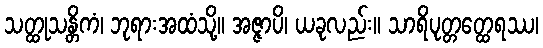
သတ္ထုသန္တိကံ၊ ဘုရားအထံသို့။ အဇ္ဇာပိ၊ ယခုလည်း။ သာရိပုတ္တတ္ထေရဿ၊